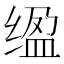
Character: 𫄮